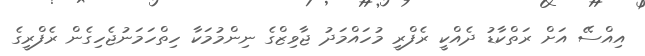
އިއްސޭ އަށް ރަތްކާޑު ދެއްކީ ރެފްރީ މުހައްމަދު ޖާވިޒްގެ ނިންމުމަކާ ހިތްހަމަނުޖެހިގެން ރެފްރީގެ